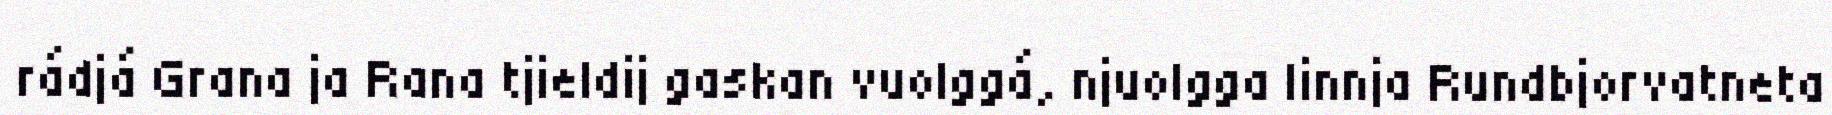
rádjá Grana ja Rana tjieldij gaskan vuolggá, njuolgga linnja Rundbjorvatneta